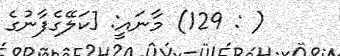
( : 129) މާނައީ: [ކަލޭގެފާނުގެ